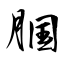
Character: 腘